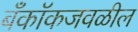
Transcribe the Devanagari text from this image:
बँकॉकजवळील